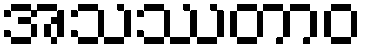
အသဿတာဝ